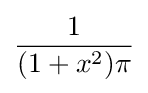
{\frac {1}{(1+x^{2})\pi }}